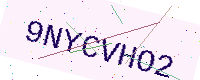
Text: 9NYCVHO2